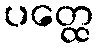
ပတ္ထေ